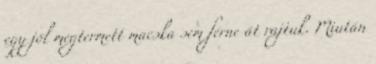
egy jól megtermett macska sem férne át rajtuk. Miután